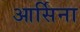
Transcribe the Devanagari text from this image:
आर्सिना